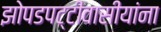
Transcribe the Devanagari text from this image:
झोपडपट्टीवासीयांना